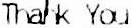
THANK YOU